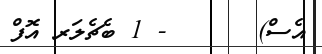
އެސް)      - 1 ބެޗެލަރ އޮފް